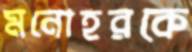
মনোহরকে